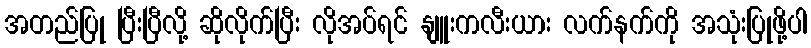
အတည်ပြု ပြီးပြီလို့ ဆိုလိုက်ပြီး လိုအပ်ရင် နျူးကလီးယား လက်နက်ကို အသုံးပြုဖို့ပါ